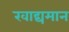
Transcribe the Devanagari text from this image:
खाद्यमान